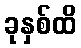
ခုနှစ်ထိ